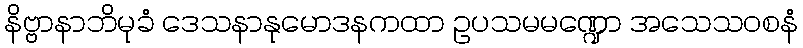
နိဗ္ဗာနာဘိမုခံ ဒေသနာနုမောဒနကထာ ဥပသမမဏ္ဍော အသေသဝစနံ